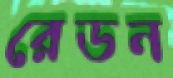
রেডন